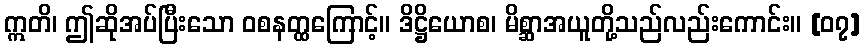
ဣတိ၊ ဤဆိုအပ်ပြီးသော ဝစနတ္ထကြောင့်။ ဒိဋ္ဌိယောစ၊ မိစ္ဆာအယူတို့သည်လည်းကောင်း။ [၀၇]